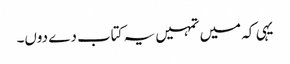
یہی کہ میں تمہیں یہ کتاب دے دوں۔